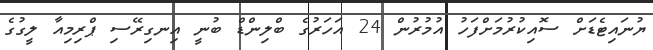
ޔުނައިޓެޑަށް ސޮއިކުރުމަށްފަހު އުމުރުން 24 އަހަރުގެ ބްލިންޑް ބުނީ އިނގިރޭސި ޕްރިމިއާ ލީގުގެ